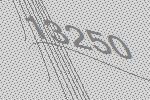
13250